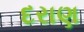
દરાણ